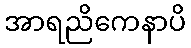
အာရညိကေနာပိ